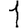
Digit: 1